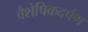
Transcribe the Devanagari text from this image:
वैशेषिकदर्पण